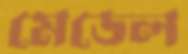
মেডেল